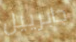
جابرييل